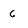
Character: 6